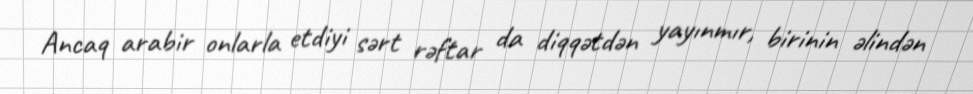
Ancaq arabir onlarla etdiyi sərt rəftar da diqqətdən yayınmır, birinin əlindən